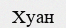
Хуан